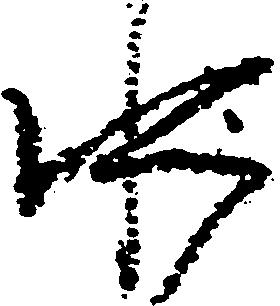
水